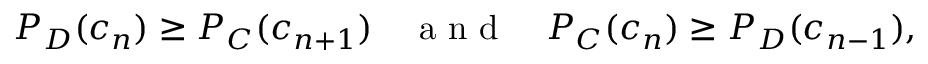
P _ { D } ( c _ { n } ) \geq P _ { C } ( c _ { n + 1 } ) \quad \mathrm { ~ a ~ n ~ d ~ } \quad P _ { C } ( c _ { n } ) \geq P _ { D } ( c _ { n - 1 } ) ,